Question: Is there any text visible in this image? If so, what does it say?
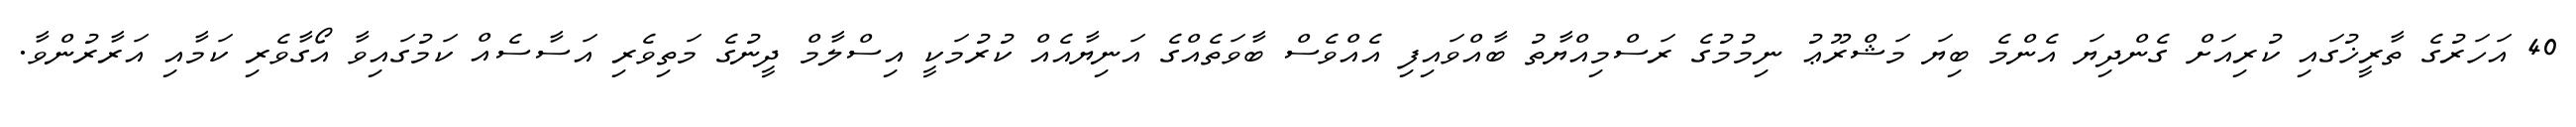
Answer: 40 އަހަރުގެ ތާރީޚުގައި ކުރިއަށް ގެންދިޔަ އެންމެ ބިޔަ މަޝްރޫޢު ނިމުމުގެ ރަސްމިއްޔާތު ބާއްވައިފި އެއްވެސް ބާވަތެއްގެ އަނިޔާއެއް ކުރުމަކީ އިސްލާމް ދީނުގެ މަތިވެރި އަސާސެއް ކަމުގައިވާ އޯގާވެރި ކަމާއި އަރާރުންވާ.